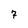
Character: 7